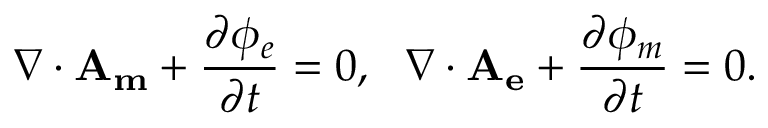
\nabla \cdot \mathbf { A _ { m } } + \frac { \partial \phi _ { e } } { \partial t } = 0 , ~ ~ \nabla \cdot \mathbf { A _ { e } } + \frac { \partial \phi _ { m } } { \partial t } = 0 .